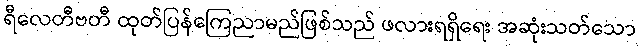
ရီလေတီဗတီ ထုတ်ပြန်ကြေညာမည်ဖြစ်သည် ဖလားရရှိရေး အဆုံးသတ်သော